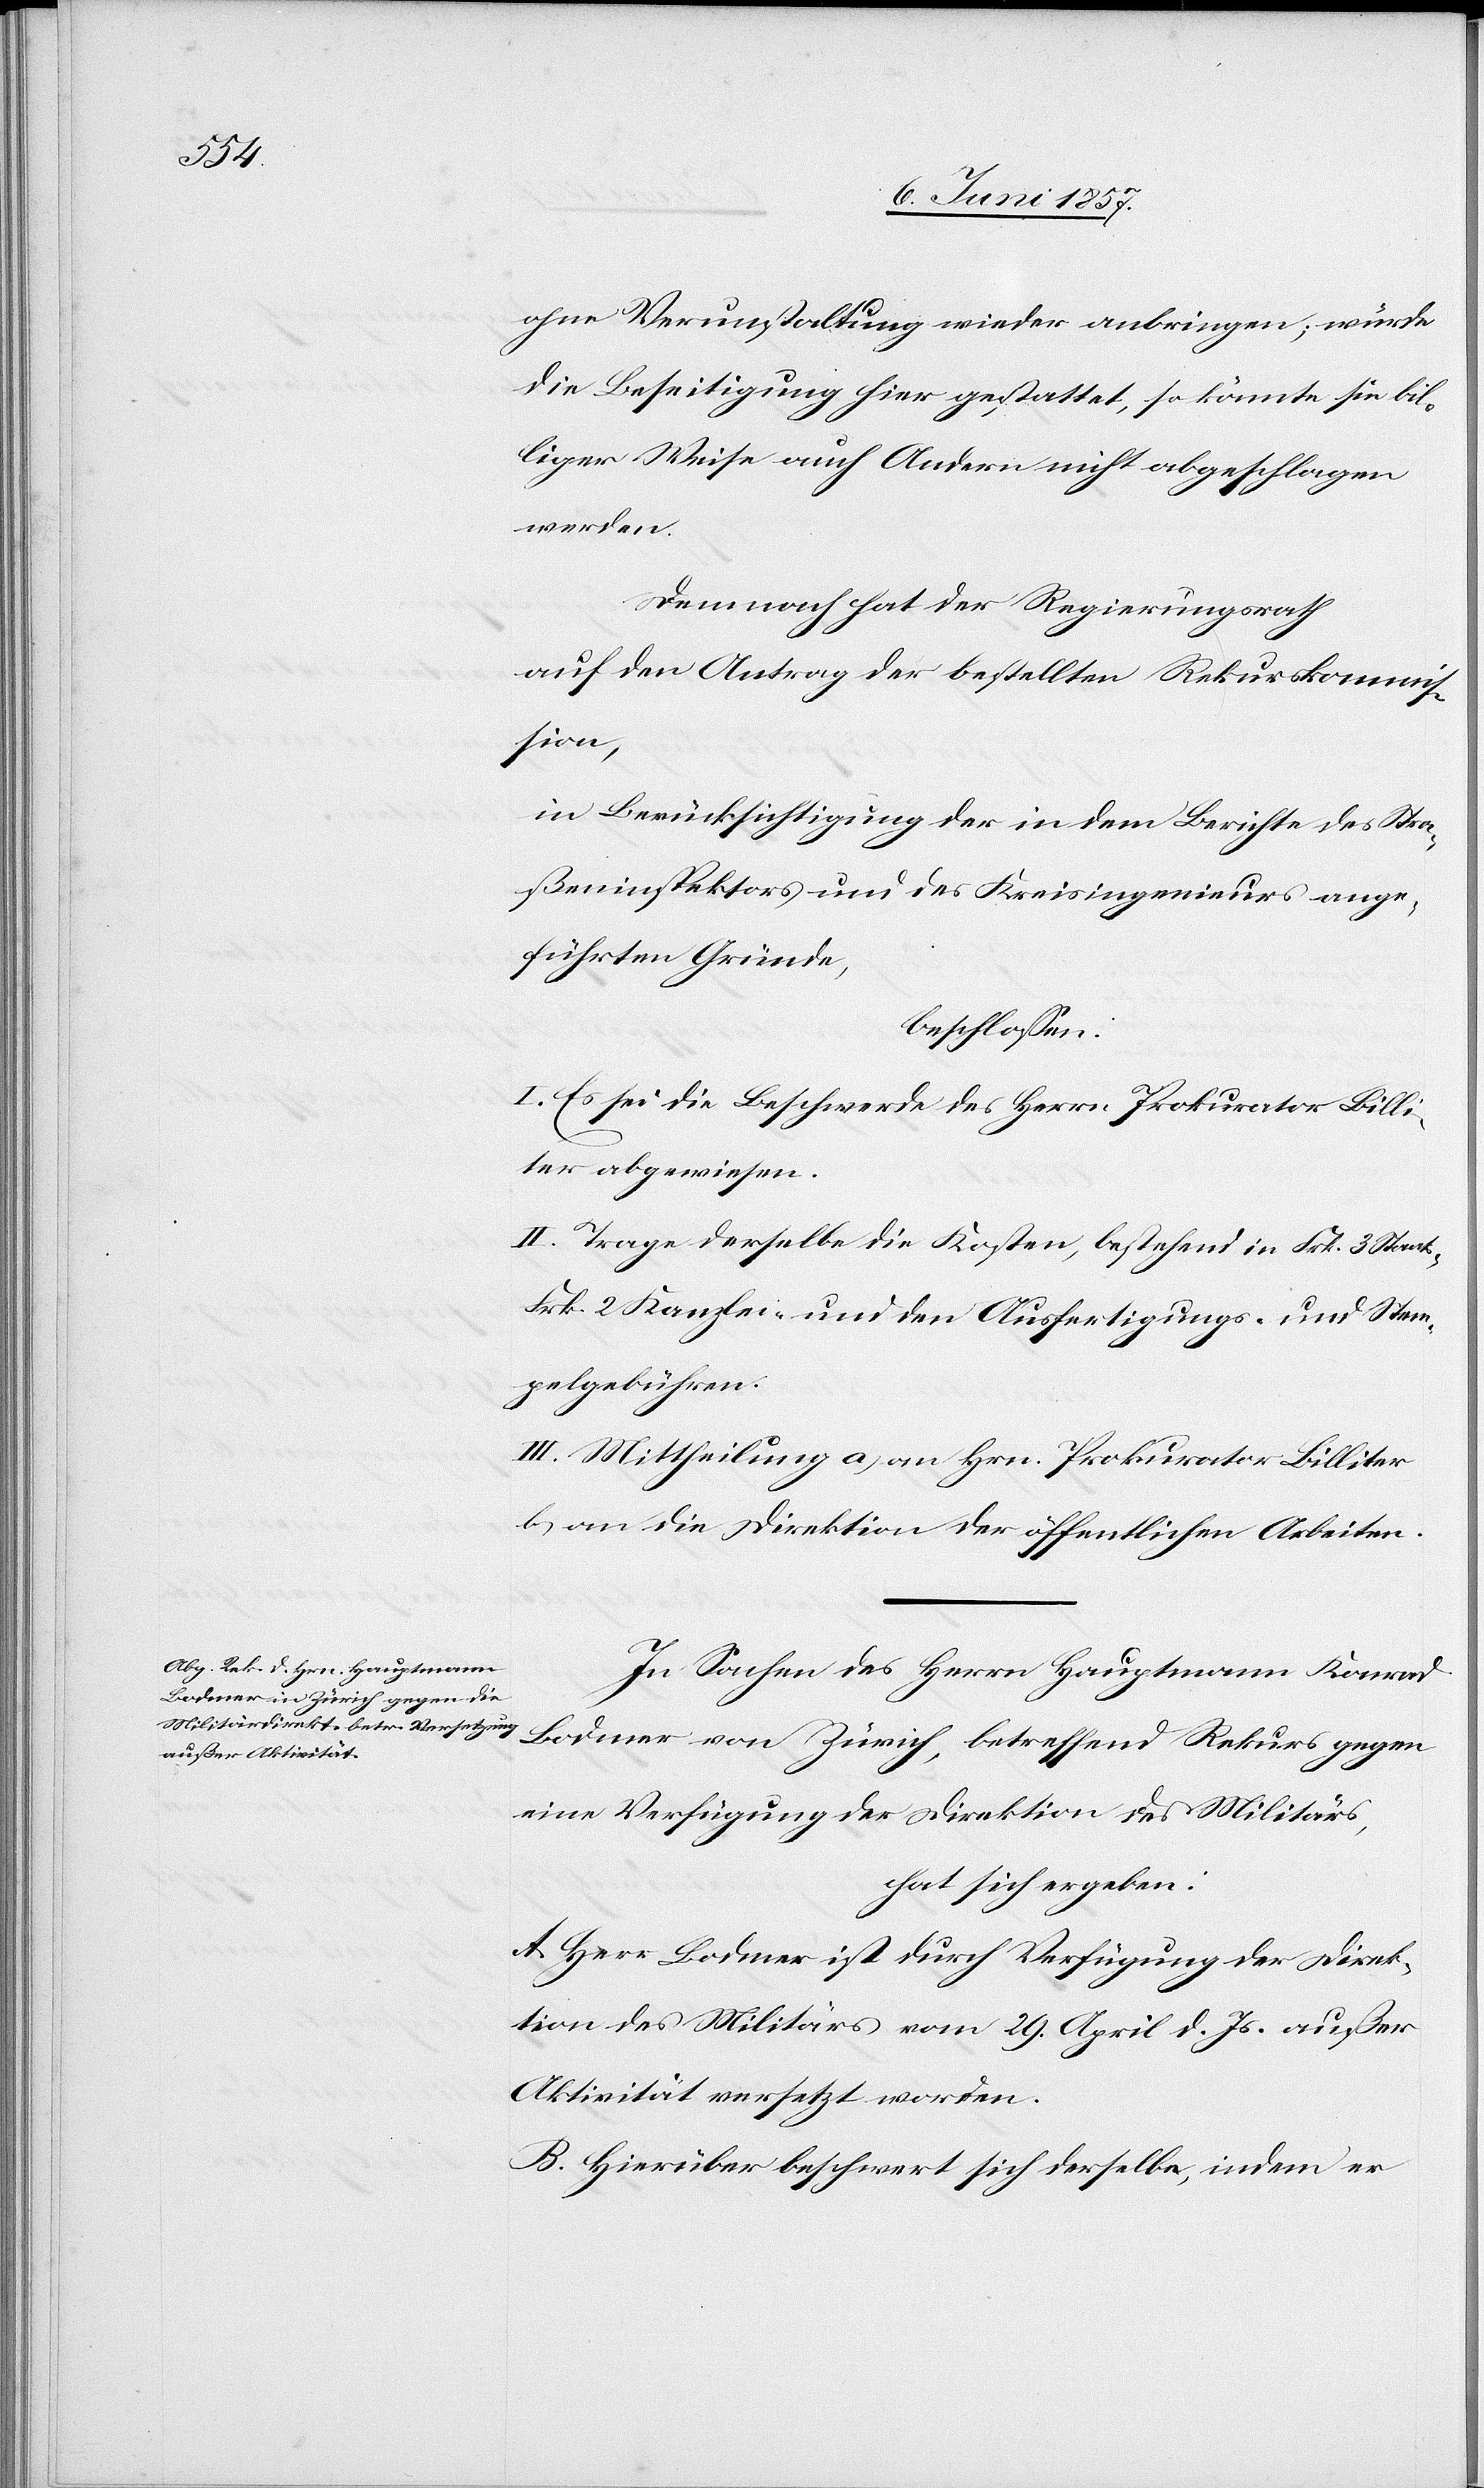
ohne Verunstaltung wieder anbringen; würde
die Beseitigung hier gestattet, so könnte sie bil¬
liger Weise auch Andern nicht abgeschlagen
werden.
Demnach hat der Regierungsrath
auf den Antrag der bestellten Rekurskommis¬
sion,
in Berücksichtigung der in dem Berichte des Stra¬
ßeninspektors und des Kreisingenieurs ange¬
führten Gründe,
beschlossen:
I. Es sei die Beschwerde des Herrn Prokurator Billi¬
ter abgewiesen.
II. Trage derselbe die Kosten, bestehend in Frk. 3 Staats-
Frk. 2 Kanzlei- und den Ausfertigungs- und Stem¬
pelgebühren.
III. Mittheilung a) an Hrn. Prokurator Billiter
b) an die Direktion der öffentlichen Arbeiten.
In Sachen des Herrn Hauptmann Konrad
Bodmer von Zürich, betreffend Rekurs gegen
eine Verfügung der Direktion des Militärs,
hat sich ergeben:
A. Herr Bodmer ist durch Verfügung der Direk¬
tion des Militärs vom 29 April d. Js. außer
Aktivität versetzt worden.
B. Hierüber beschwert sich derselbe, indem er